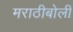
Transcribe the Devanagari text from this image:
मराठीबोली